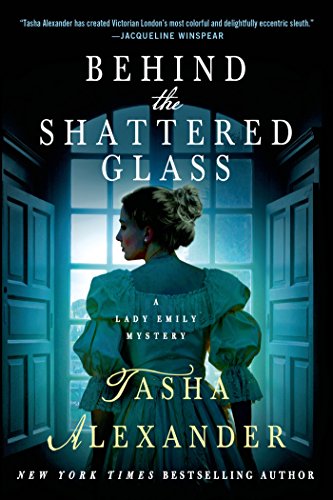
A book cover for Behind the Shattered Glass: A Lady Emily Mystery (Lady Emily Mysteries); Tasha Alexander; Mystery, Thriller & Suspense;